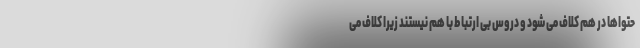
حتواها در هم کلاف می شود و دروس بی ارتباط با هم نیستند زیرا کلاف می